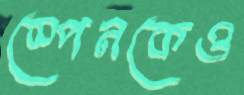
স্পেনকেও